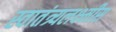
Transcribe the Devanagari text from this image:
स्वातंत्र्यलक्ष्मीस